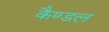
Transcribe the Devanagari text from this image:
कैण्डल